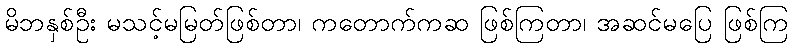
မိဘနှစ်ဦး မသင့်မမြတ်ဖြစ်တာ၊ ကတောက်ကဆ ဖြစ်ကြတာ၊ အဆင်မပြေ ဖြစ်ကြ